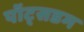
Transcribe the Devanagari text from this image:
पॉट्सडम